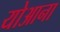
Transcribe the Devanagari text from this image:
योआना